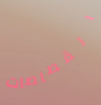
القصاصات